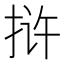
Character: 𰓤